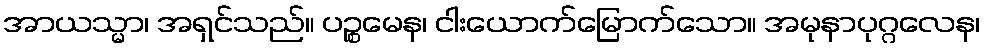
အာယသ္မာ၊ အရှင်သည်။ ပဉ္စမေန၊ ငါးယောက်မြောက်သော။ အမုနာပုဂ္ဂလေန၊